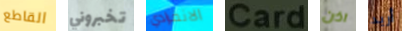
القاطع تخبروني الانفرادي Card اذن أريد